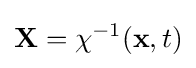
\mathbf {X} =\chi ^{-1}(\mathbf {x} ,t)